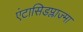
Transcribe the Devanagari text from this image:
एंटासिडप्लाज्मा